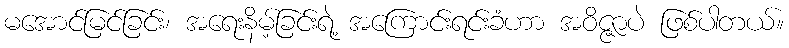
မအောင်မြင်ခြင်း၊ အရေးနိမ့်ခြင်းရဲ့ အကြောင်းရင်းခံဟာ အဝိဇ္ဇာပဲ ဖြစ်ပါတယ်။